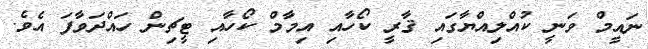
ނައީމް ވަނީ ކުއްލިއްޔާގައި ޤާރީ ކޯހާއި އިމާމް ކޯހާއި ޓީޗިން ހައްދަވާފަ އެވެ.